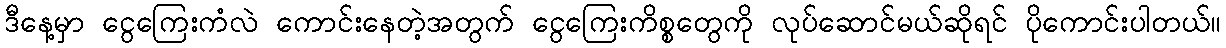
ဒီနေ့မှာ ငွေကြေးကံလဲ ကောင်းနေတဲ့အတွက် ငွေကြေးကိစ္စတွေကို လုပ်ဆောင်မယ်ဆိုရင် ပိုကောင်းပါတယ်။